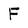
Character: F